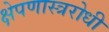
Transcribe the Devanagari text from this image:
क्षेपणास्त्ररोधी